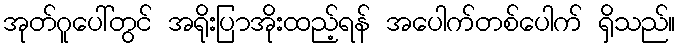
အုတ်ဂူပေါ်တွင် အရိုးပြာအိုးထည့်ရန် အပေါက်တစ်ပေါက် ရှိသည်။